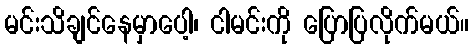
မင်းသိချင်နေမှာပေါ့၊ ငါမင်းကို ပြောပြလိုက်မယ်။